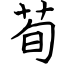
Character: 荀